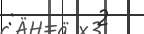
:       2